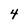
Character: 4